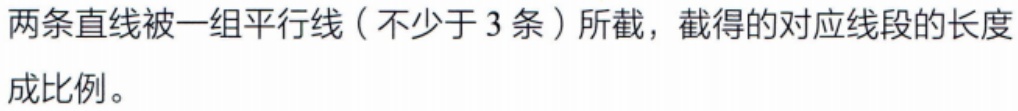
两条直线被一组平行线（不少于 3 条）所截，截得的对应线段的长度成比例。